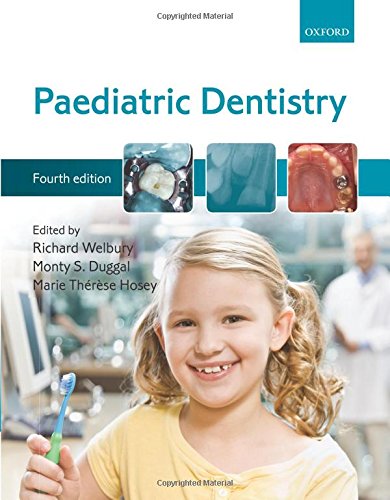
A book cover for Paediatric Dentistry; Richard Welbury; Medical Books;